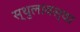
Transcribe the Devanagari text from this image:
स्थुलावस्था